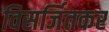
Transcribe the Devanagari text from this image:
विसर्जितकर